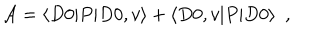
LaTeX: { { \cal A } } = \langle D 0 | P | D 0 , v \rangle + \langle D 0 , v | P | D 0 \rangle ~ ~ ,